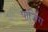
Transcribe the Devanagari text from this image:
पार्जिंग